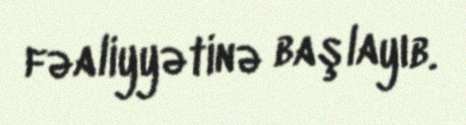
fəaliyyətinə başlayıb.